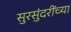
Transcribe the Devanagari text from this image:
सुरसुंदरींच्या